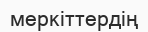
меркіттердің